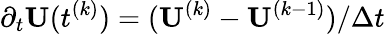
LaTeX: \partial_{{t}}{\mathbf U}(t^{(k)})=({\mathbf U}^{(k)}-{\mathbf U}^{(k-1)})/\Delta t